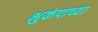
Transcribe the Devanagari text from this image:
भुकंपाच्या